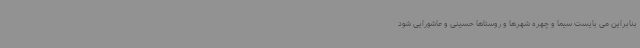
بنابراین می بایست سیما و چهره شهرها و روستاها حسینی و عاشورایی شود